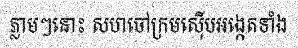
ភ្លាមៗនោះ សហចៅក្រមស៊ើបអង្កេតទាំង